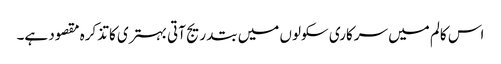
اس کالم میں سرکاری سکولوں میں بتدریج آتی بہتری کا تذکرہ مقصود ہے۔